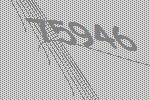
75946